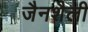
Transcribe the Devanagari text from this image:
जैनशैली